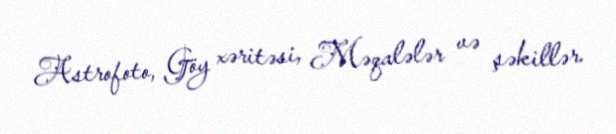
Astrofoto, Göy xəritəsi, Məqalələr və şəkillər.